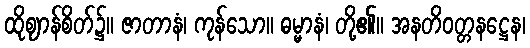
ထိုဈာန်စိတ်၌။ ဇာတာနံ၊ ကုန်သော။ ဓမ္မာနံ၊ တို့၏။ အနတိဝတ္တနဋ္ဌေန၊